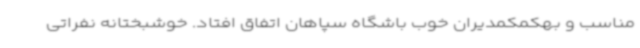
مناسب و بهکمکمدیران خوب باشگاه سپاهان اتفاق افتاد. خوشبختانه نفراتی